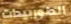
الطوربيدات